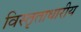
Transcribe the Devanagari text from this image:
विस्तृताधारीय